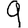
Digit: 9